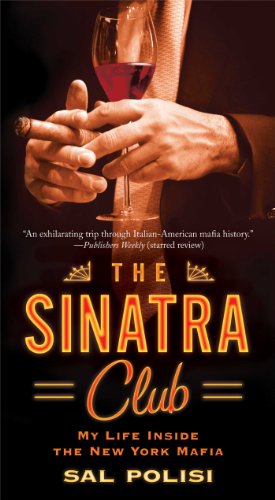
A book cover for The Sinatra Club: My Life Inside the New York Mafia; Sal Polisi; Biographies & Memoirs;